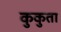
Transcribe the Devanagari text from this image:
कुकुता